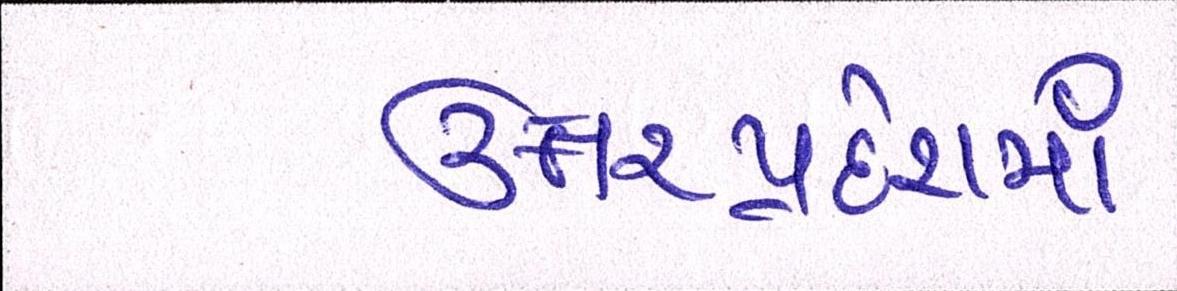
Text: ઉત્તરપ્રદેશમાં